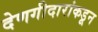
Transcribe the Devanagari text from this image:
देणगीदारांकडून